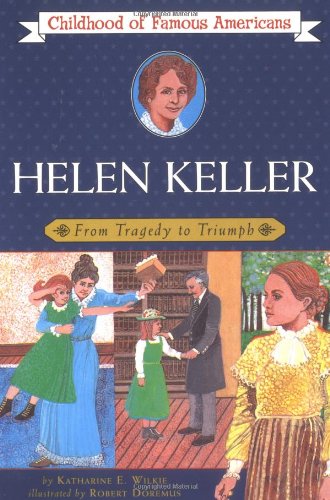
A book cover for Helen Keller: From Tragedy to Triumph (The Childhood of Famous Americans Series); Katharine Wilkie; Children's Books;